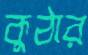
কুঠার